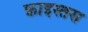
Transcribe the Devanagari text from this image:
फ़ाइस्तस